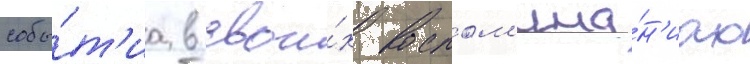
собы́т'иа в свои́х воспом'ина́н'иах